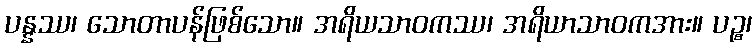
ပန္နဿ၊ သောတာပန်ဖြစ်သော။ အရိယသာဝကဿ၊ အရိယာသာဝကအား။ ပဉ္စ၊